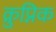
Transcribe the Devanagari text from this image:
क्रुप्निक